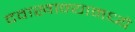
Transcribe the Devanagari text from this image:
दवाखान्यामध्ये